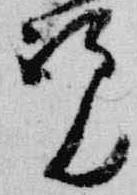
覧